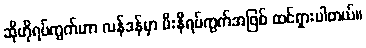
ဆိုဟိုရပ်ကွက်ဟာ လန်ဒန်မှာ မီးနီရပ်ကွက်အဖြစ် ထင်ရှားပါတယ်။